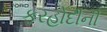
ફરહોદીની